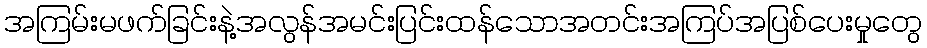
အကြမ်းမဖက်ခြင်းနဲ့အလွန်အမင်းပြင်းထန်သောအတင်းအကြပ်အပြစ်ပေးမှုတွေ